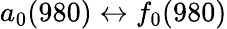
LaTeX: a_{0}(980)\leftrightarrow f_{0}(980)